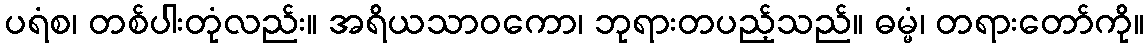
ပရံစ၊ တစ်ပါးတုံလည်း။ အရိယသာဝကော၊ ဘုရားတပည့်သည်။ ဓမ္မံ၊ တရားတော်ကို။